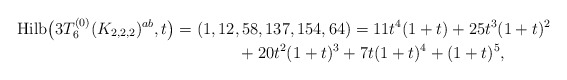
\begin{gather*}{\rm Hilb}\big(3T_6^{(0)}(K_{2,2,2})^{ab},t\big)=(1,12,58,137,154,64)=11t^4(1+t)+25t^3(1+t)^2\\\hphantom{{\rm Hilb}\big(3T_6^{(0)}(K_{2,2,2})^{ab},t\big)=}{}+20 t^2(1+t)^3+7 t (1+t)^4+(1+t)^5,\end{gather*}